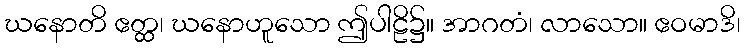
ဃနောတိ ဧတ္ထ၊ ဃနောဟူသော ဤပါဠိ၌။ အာဂတံ၊ လာသော။ ဧဝမာဒိ၊